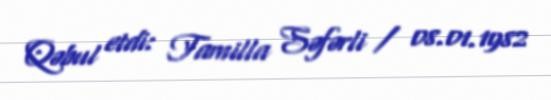
Qəbul etdi: Tamilla Səfərli / 08.01.1982